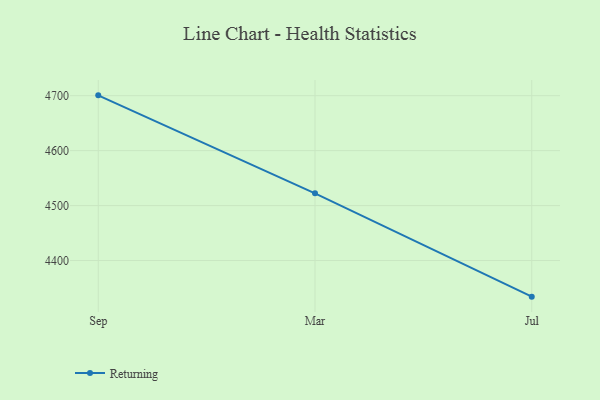
{"axis": {"x": "Month", "y": "Active Users"}, "legend": ["Returning"], "data": [{"x": "Sep", "y": 4700.6, "type": "Returning"}, {"x": "Mar", "y": 4522.3, "type": "Returning"}, {"x": "Jul", "y": 4334.3, "type": "Returning"}]}